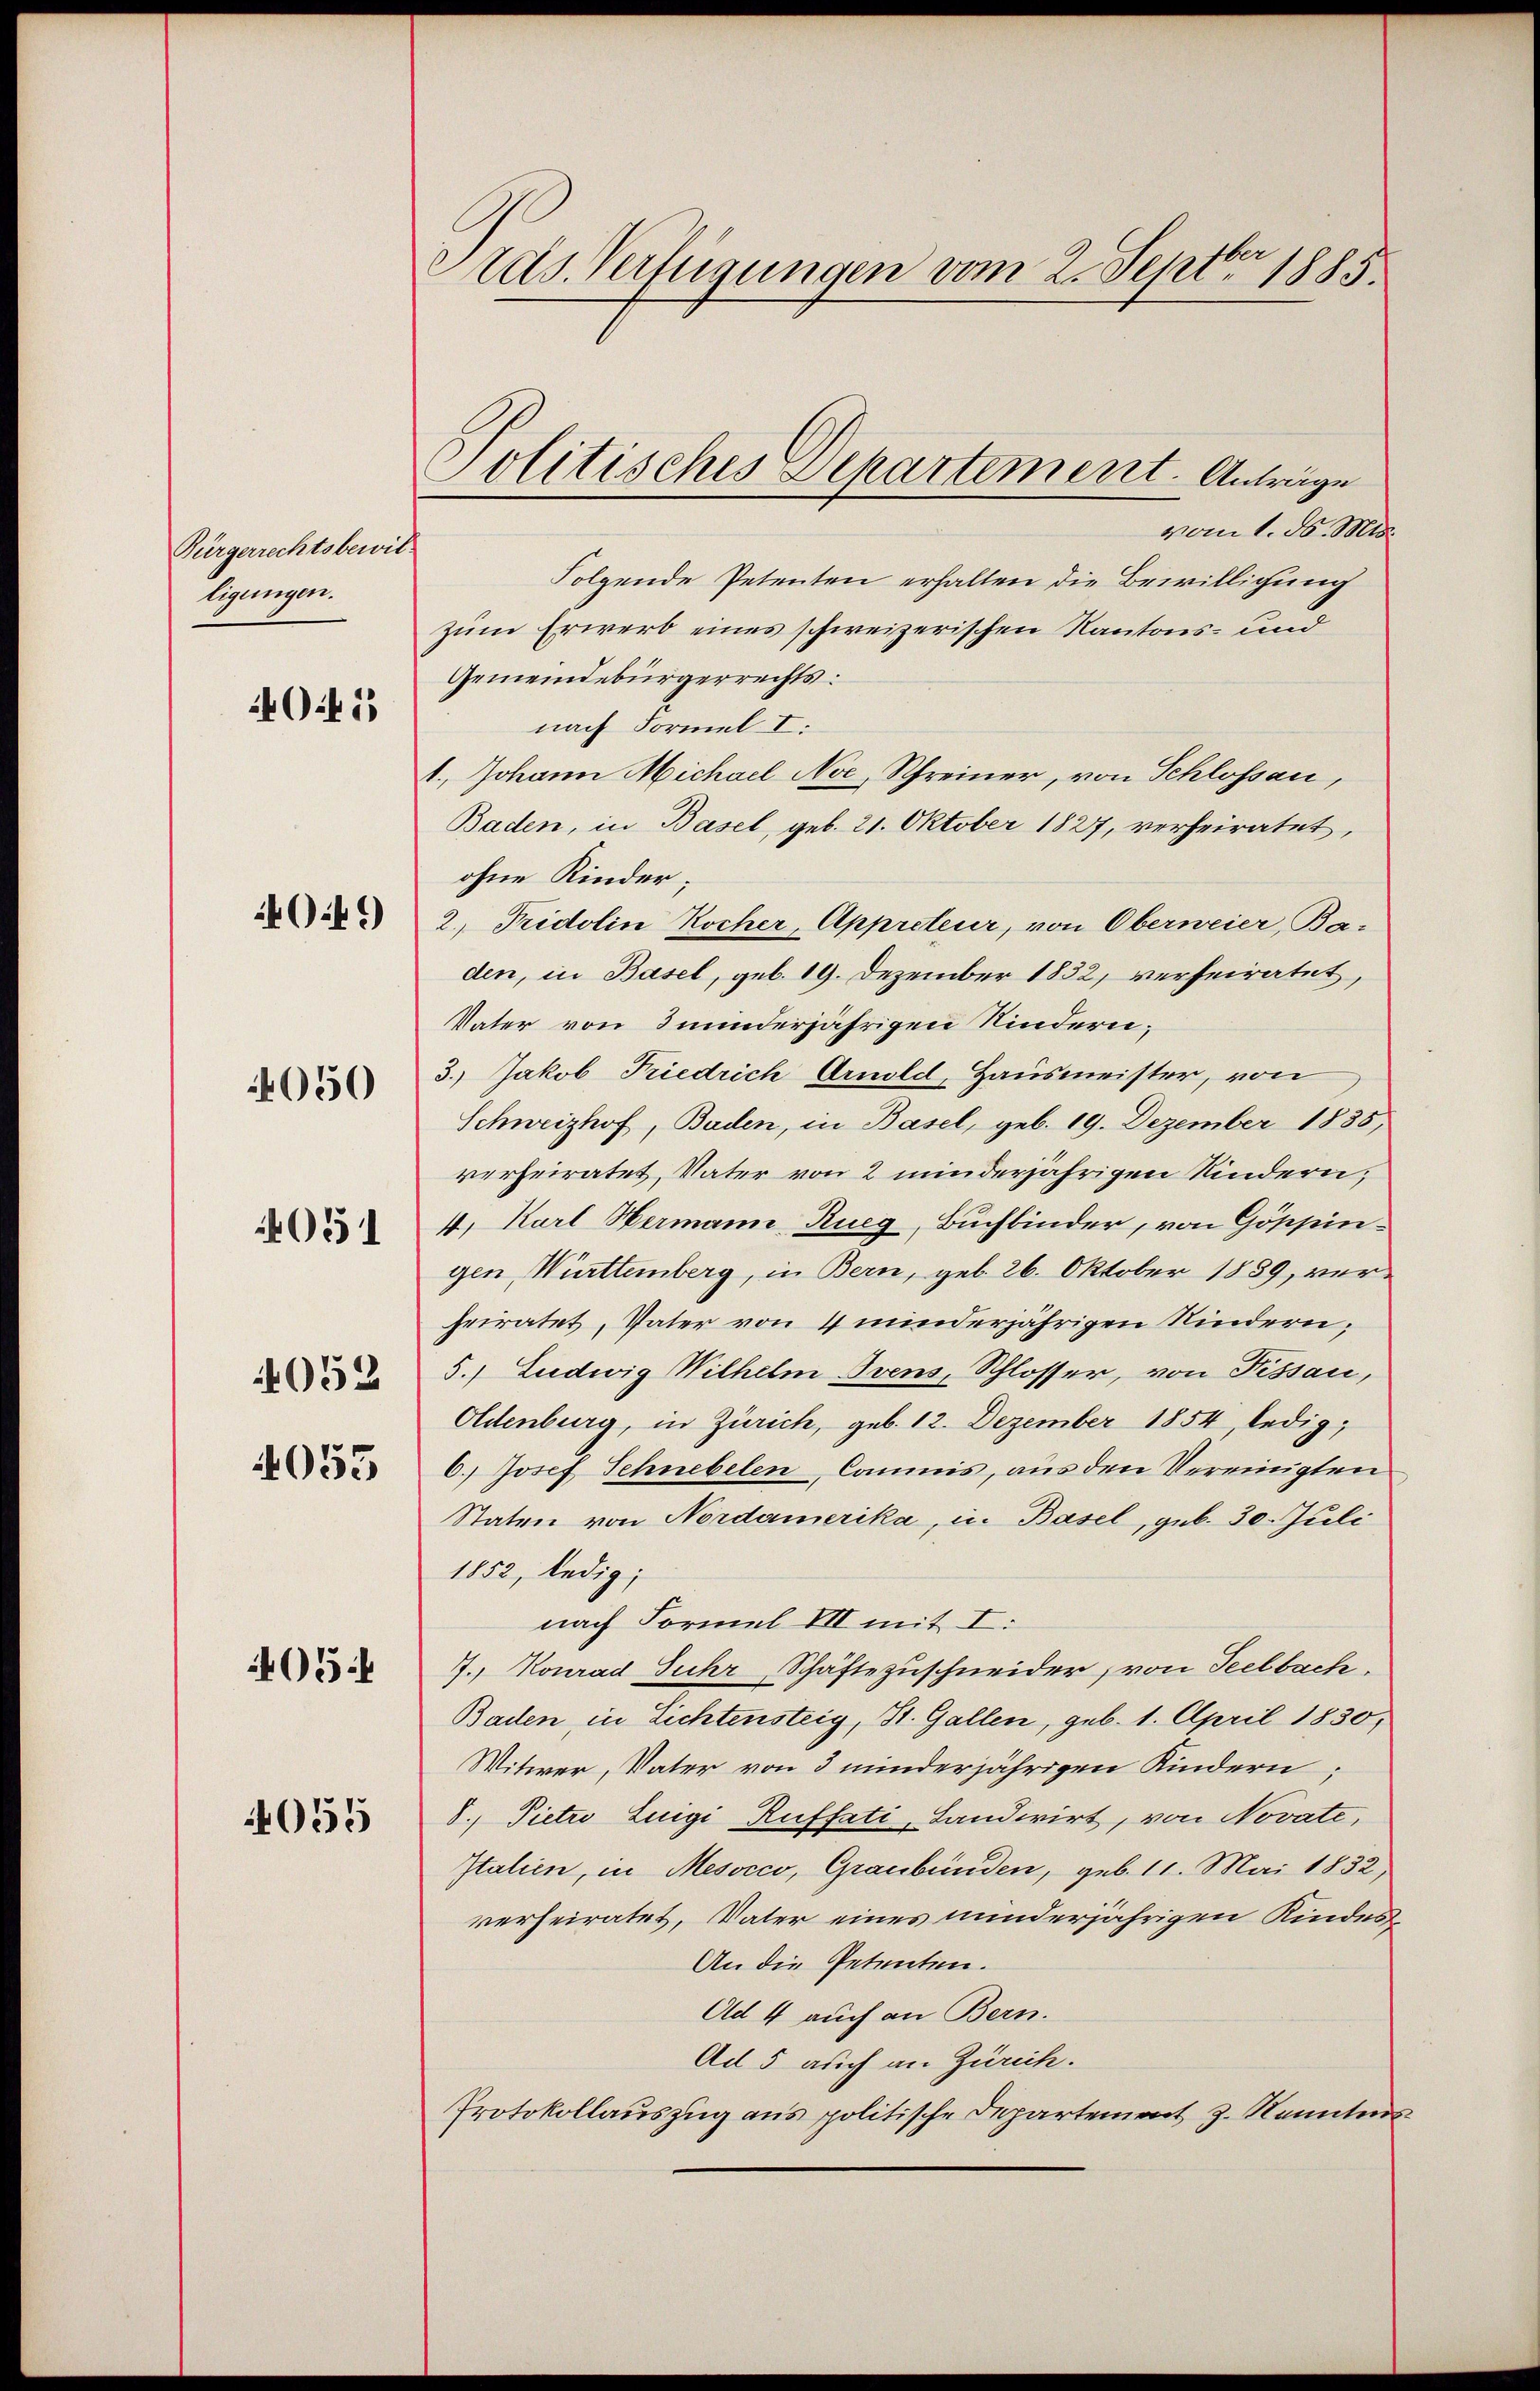
Bürgerrechtsbewil-
ligungen.
4050
051
052
4053

41

4049

405.

4055

Pras. Verfügungen vom 2. Septbr 1885.

Politisches Departement. Anträge

vom 1. d. Mts.
Folgende Petenten erhalten die Bewilligung
zum Erwerb eines schweizerischen Kantons- und
Gemeindebürgerrechts:
nach Formel I:
1., Johann Michael Noc, Schreiner, von Schlossau,
Baden, in Basel, geb. 21. Oktober 1827, verheiratet,
ohne Kinder
2. Tridolin Kocher Appreteur, von Oberweier, Ba-
den, in Basel, geb. 19. Dezember 1832, verheiratet,
Vater von 3 minderjährigen Kindern;
3.) Jakob Friedrich Arnold, Hausmeister, von
Schweizhof, Baden, in Basel, geb. 19. Dezember 1835,
verheiratet, Vater von 2 minderjährigen Kindern,
4. Karl Hermann, Rueg, Buchbinder, von Göppingen, Württemberg, in Bern, geb. 26. Oktober 1889, verheiratet, Vater von 4 minderjährigen Kindern;
5.) Ludwig Wilhelm Bvens, Schlosser, von Pissau,
Oldenburg, in Zürich, geb. 12. Dezember 1854, ledig
6.) Josef Schnebelen, Commis, aus den Vereinigten
Staten von Nordamerika, in Basel, geb. 30. Juli
1852, ledig;
nach Formel VII mit I:
J. Konrad Juhr, Schäftezuschneider, von Seelbach.
Baden, in Lichtensteig, St. Gallen, geb. 1. April 1830,
Witwer, Vater von 3 minderjährigen Kindern;
8. Pietr Luigi Ruffati, Landwirt, von Novate,
Italien, in Mesocco, Graubünden, geb. 11. Mai 1832)
verheiratet, Vater eines minderjährigen Kindes¬
An die Petenten.
Ad 4 auch an Bern.
Ad 5 auch an Zürich.
Protokollauszug aus politische Departement z. Kenntnis